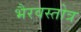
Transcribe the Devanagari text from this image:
भैरवस्तोत्र